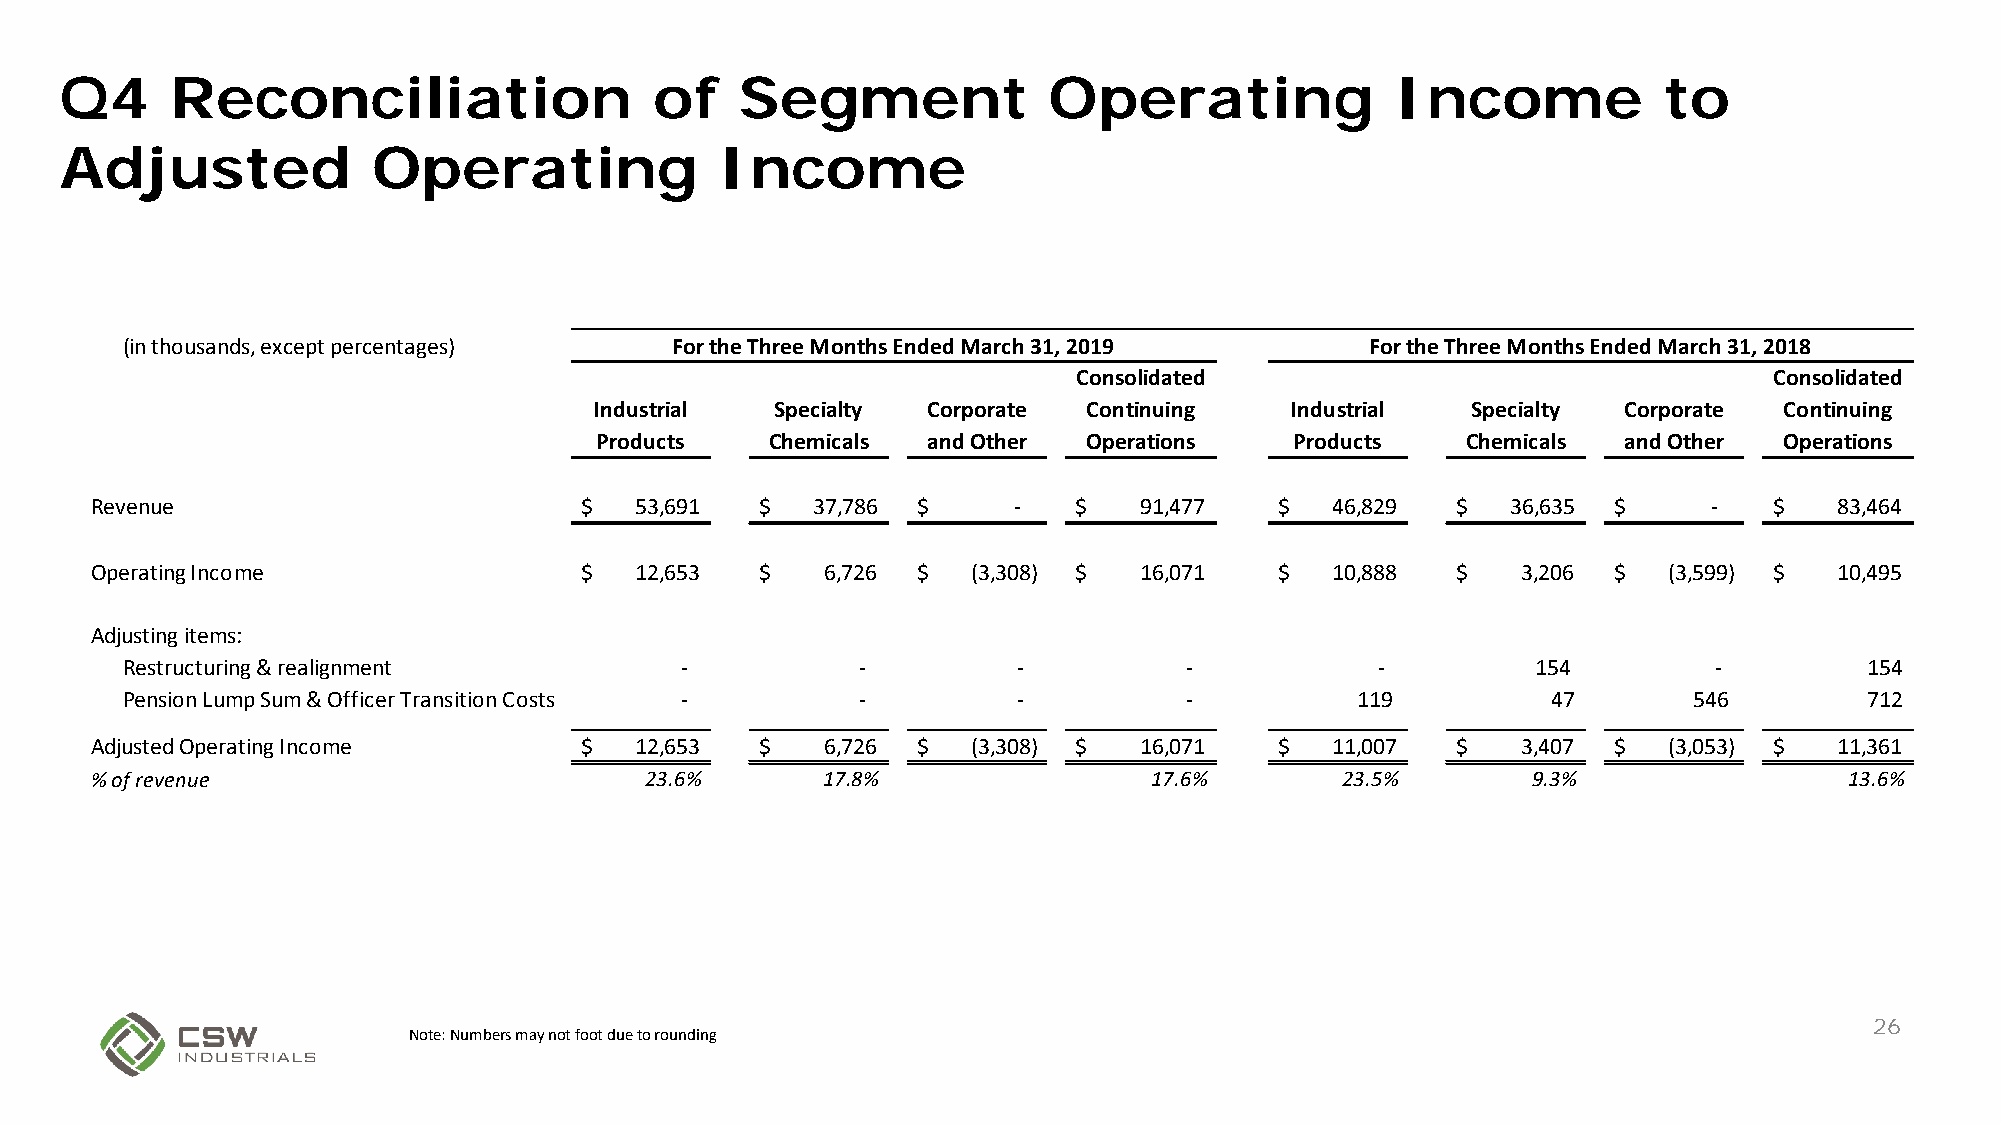
Q4     Reconciliation                  of    Segment             Operating              Income            to
 Adjusted             Operating              Income
 (in thousands, except percentages)  For the Three Months Ended March 31, 2019      For the Three Months Ended March 31, 2018
 Consolidated                                  Consolidated
 Industrial  Specialty Corporate  Continuing   Industrial  Specialty Corporate  Continuing
 Products    Chemicals and Other  Operations    Products   Chemicals and Other  Operations
 Revenue                         $   53,691  $   37,786 $     -   $   91,477    $  46,829  $   36,635 $     -   $    83,464
 Operating Income                $   12,653  $    6,726 $  (3,308) $  16,071    $  10,888  $    3,206 $  (3,599) $   10,495
 Adjusting items:
 Restructuring & realignment          -           -         -          -            -          154        -          154
 Pension Lump Sum & Officer Transition Costs -    -         -          -           119          47       546         712
 Adjusted Operating Income       $   12,653  $    6,726 $  (3,308) $  16,071    $  11,007  $    3,407 $  (3,053) $   11,361
 % of revenue                         23.6%      17.8%                 17.6%        23.5%       9.3%                 13.6%
 26
 Note: Numbers may not foot due to rounding